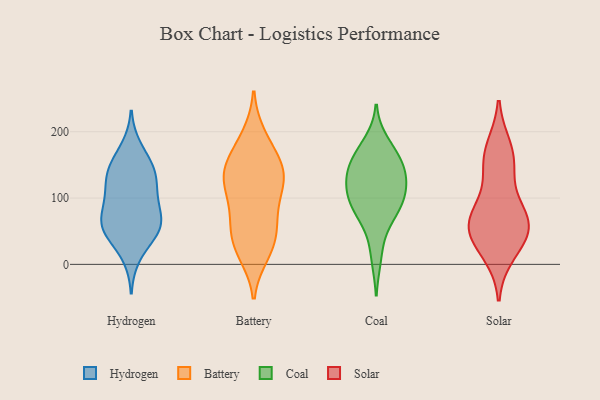
{"axis": {"x": "Headcount", "y": "Value"}, "legend": ["Battery", "Coal", "Hydrogen", "Solar"], "data": [{"x": "", "y": 141, "type": "Hydrogen"}, {"x": "", "y": 48, "type": "Hydrogen"}, {"x": "", "y": 46, "type": "Hydrogen"}, {"x": "", "y": 157, "type": "Hydrogen"}, {"x": "", "y": 53, "type": "Hydrogen"}, {"x": "", "y": 138, "type": "Hydrogen"}, {"x": "", "y": 12, "type": "Hydrogen"}, {"x": "", "y": 70, "type": "Hydrogen"}, {"x": "", "y": 176, "type": "Hydrogen"}, {"x": "", "y": 62, "type": "Hydrogen"}, {"x": "", "y": 135, "type": "Hydrogen"}, {"x": "", "y": 129, "type": "Hydrogen"}, {"x": "", "y": 53, "type": "Hydrogen"}, {"x": "", "y": 71, "type": "Hydrogen"}, {"x": "", "y": 100, "type": "Hydrogen"}, {"x": "", "y": 104, "type": "Hydrogen"}, {"x": "", "y": 96, "type": "Hydrogen"}, {"x": "", "y": 26, "type": "Battery"}, {"x": "", "y": 24, "type": "Battery"}, {"x": "", "y": 155, "type": "Battery"}, {"x": "", "y": 67, "type": "Battery"}, {"x": "", "y": 115, "type": "Battery"}, {"x": "", "y": 147, "type": "Battery"}, {"x": "", "y": 49, "type": "Battery"}, {"x": "", "y": 103, "type": "Battery"}, {"x": "", "y": 127, "type": "Battery"}, {"x": "", "y": 184, "type": "Battery"}, {"x": "", "y": 53, "type": "Battery"}, {"x": "", "y": 144, "type": "Battery"}, {"x": "", "y": 134, "type": "Battery"}, {"x": "", "y": 133, "type": "Battery"}, {"x": "", "y": 16, "type": "Battery"}, {"x": "", "y": 81, "type": "Battery"}, {"x": "", "y": 193, "type": "Battery"}, {"x": "", "y": 131, "type": "Coal"}, {"x": "", "y": 165, "type": "Coal"}, {"x": "", "y": 164, "type": "Coal"}, {"x": "", "y": 152, "type": "Coal"}, {"x": "", "y": 184, "type": "Coal"}, {"x": "", "y": 105, "type": "Coal"}, {"x": "", "y": 102, "type": "Coal"}, {"x": "", "y": 89, "type": "Coal"}, {"x": "", "y": 84, "type": "Coal"}, {"x": "", "y": 84, "type": "Coal"}, {"x": "", "y": 55, "type": "Coal"}, {"x": "", "y": 122, "type": "Coal"}, {"x": "", "y": 10, "type": "Coal"}, {"x": "", "y": 140, "type": "Coal"}, {"x": "", "y": 132, "type": "Coal"}, {"x": "", "y": 149, "type": "Solar"}, {"x": "", "y": 18, "type": "Solar"}, {"x": "", "y": 52, "type": "Solar"}, {"x": "", "y": 70, "type": "Solar"}, {"x": "", "y": 174, "type": "Solar"}, {"x": "", "y": 157, "type": "Solar"}, {"x": "", "y": 66, "type": "Solar"}, {"x": "", "y": 41, "type": "Solar"}, {"x": "", "y": 84, "type": "Solar"}, {"x": "", "y": 52, "type": "Solar"}]}